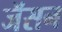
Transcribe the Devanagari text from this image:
जॅसन